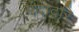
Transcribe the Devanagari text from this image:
मंदोदरि